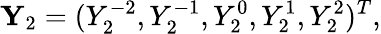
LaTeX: \mathbf{Y}_{2}=(Y_{2}^{-2},Y_{2}^{-1},Y_{2}^{0},Y_{2}^{1},Y_{2}^{2})^{T},